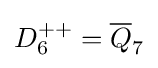
D_{6}^{++}={\overline {Q}}_{7}